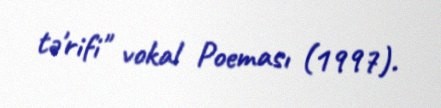
tə'rifi" vokal Poeması (1997).